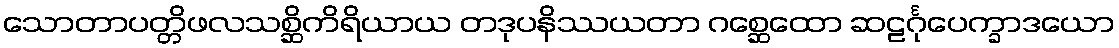
သောတာပတ္တိဖလသစ္ဆိကိရိယာယ တဒုပနိဿယတာ ဂစ္ဆေထော ဆဠင်္ဂုပေက္ခာဒယော